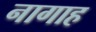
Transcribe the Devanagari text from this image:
नागाह